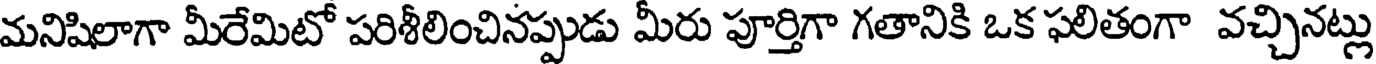
మనిషిలాగా మీరేమిటో పరిశీలించినప్పుడు మీరు పూర్తిగా గతానికి ఒక ఫలితంగా వచ్చినట్లు